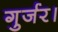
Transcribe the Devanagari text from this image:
गुर्जर।